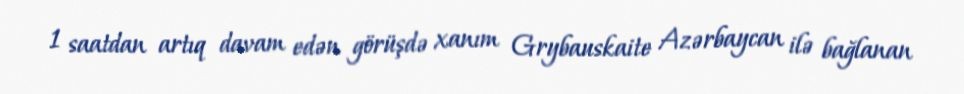
1 saatdan artıq davam edən görüşdə xanım Grybauskaite Azərbaycan ilə bağlanan